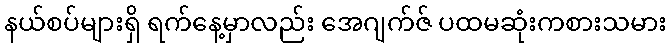
နယ်စပ်များရှိ ရက်နေ့မှာလည်း အေဂျက်ဇ် ပထမဆုံးကစားသမား